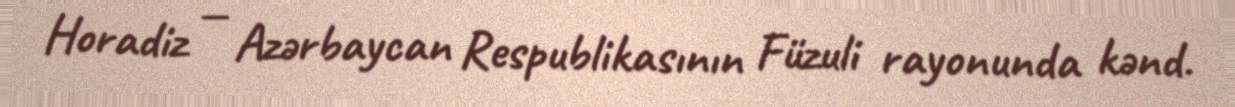
Horadiz — Azərbaycan Respublikasının Füzuli rayonunda kənd.